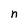
Character: n